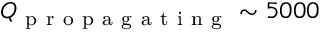
Q _ { \mathrm { ~ p ~ r ~ o ~ p ~ a ~ g ~ a ~ t ~ i ~ n ~ g ~ } } \sim 5 0 0 0